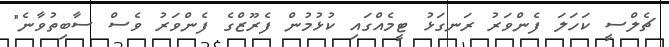
ޗެލްސީ ކަހަލަ ފެންވަރު ރަނގަޅު ޓީމެއްގައި ކުޅުމުން ފެރޫޒްގެ ފެންވަރު ވެސް ސާބިތުވާނެ"